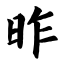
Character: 昨